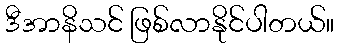
ဒီအာနိသင် ဖြစ်လာနိုင်ပါတယ်။